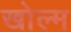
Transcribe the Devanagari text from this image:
खोल्म